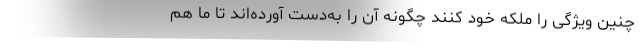
چنین ویژگی را ملکه خود کنند چگونه آن را به‌دست آورده‌اند تا ما هم